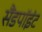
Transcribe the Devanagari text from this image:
सैंडपॉइंट